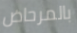
بالمرحاض